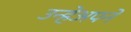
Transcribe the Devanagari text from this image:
उन्हेअपने